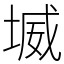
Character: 㙎